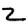
Digit: 2